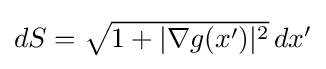
{\textstyle dS={\sqrt {1+|\nabla g(x')|^{2}}}\,dx'}